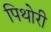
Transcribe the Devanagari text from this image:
पिथोरी